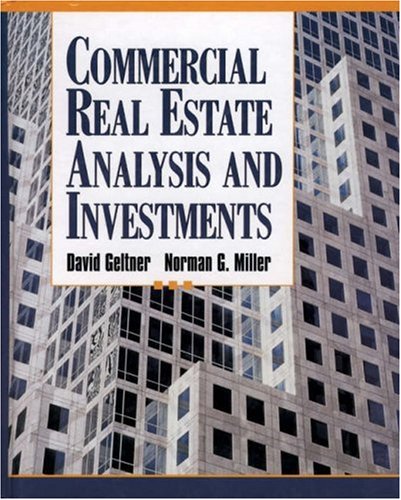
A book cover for Commercial Real Estate Analysis and Investments; David M. Geltner; Business & Money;